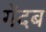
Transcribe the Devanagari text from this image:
गेंदब